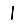
Digit: 1